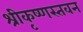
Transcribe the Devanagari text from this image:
श्रीकृष्णस्तवन